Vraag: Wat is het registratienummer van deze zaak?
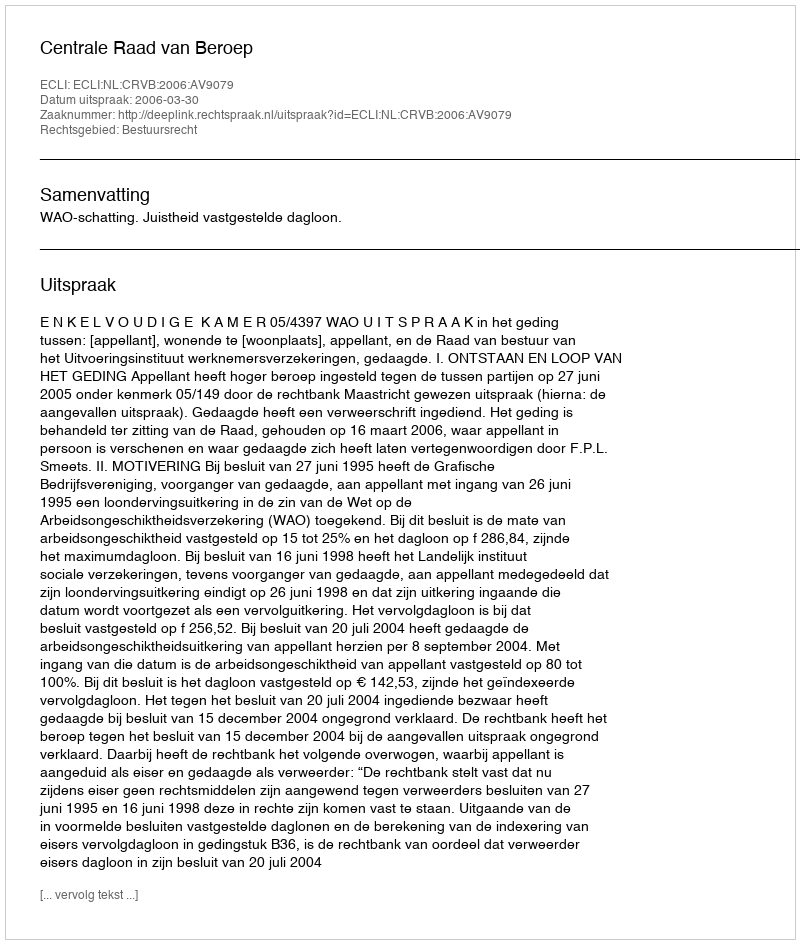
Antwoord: http://deeplink.rechtspraak.nl/uitspraak?id=ECLI:NL:CRVB:2006:AV9079